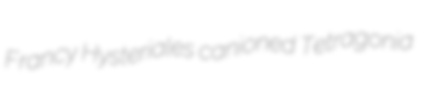
Francy Hysteriales canioned Tetragonia